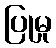
ပြုမှု